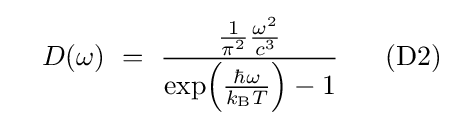
~~~D(\omega )~=~{\frac {{\frac {1}{\pi ^{2}}}{\frac {\omega ^{2}}{c^{3}}}}{\exp \!\left({\frac {\hbar \omega }{k_{\rm {B}}T}}\right)-1}}~~~~~{\rm {(D2)}}